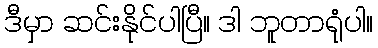
ဒီမှာ ဆင်းနိုင်ပါပြီ။ ဒါ ဘူတာရုံပါ။